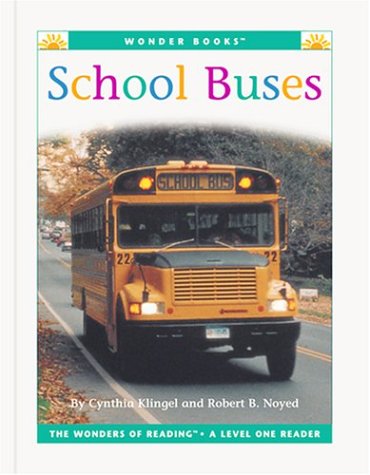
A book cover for School Buses (Wonder Books: Level 1 Transportation); Cynthia Fitterer Klingel; Children's Books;